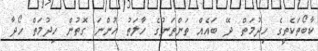
ކާބޯތަކެތީގެ ހިދުމަތް ދޭ ބައެއް ތަންތަނުގެ ހާލަތު ހުންނަ ގޮތުން ހިދުމަތް ހޯދާ